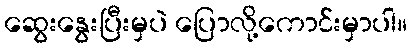
ဆွေးနွေးပြီးမှပဲ ပြောလို့ကောင်းမှာပါ။